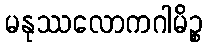
မနုဿလောကဂါမိဉ္စ